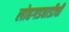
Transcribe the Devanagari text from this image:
लोहगडवाडीची